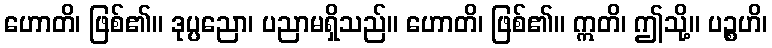
ဟောတိ၊ ဖြစ်၏။ ဒုပ္ပညော၊ ပညာမရှိသည်။ ဟောတိ၊ ဖြစ်၏။ ဣတိ၊ ဤသို့။ ပဉ္စဟိ၊